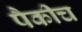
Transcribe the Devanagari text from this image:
पैकीच